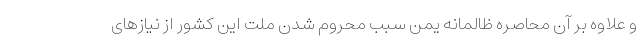
و علاوه بر آن محاصره ظالمانه یمن سبب محروم شدن ملت این کشور از نیازهای